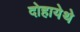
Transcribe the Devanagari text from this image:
दोहायेथे